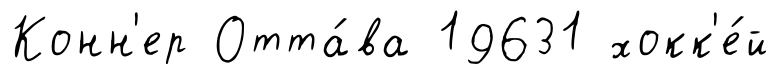
Конн'ер Отта́ва 19631 хокк'е́й